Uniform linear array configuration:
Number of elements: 32
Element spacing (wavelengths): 0.5
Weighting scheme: uniform
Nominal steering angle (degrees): -30
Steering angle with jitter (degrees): -30.103
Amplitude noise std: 0.05
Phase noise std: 0.05

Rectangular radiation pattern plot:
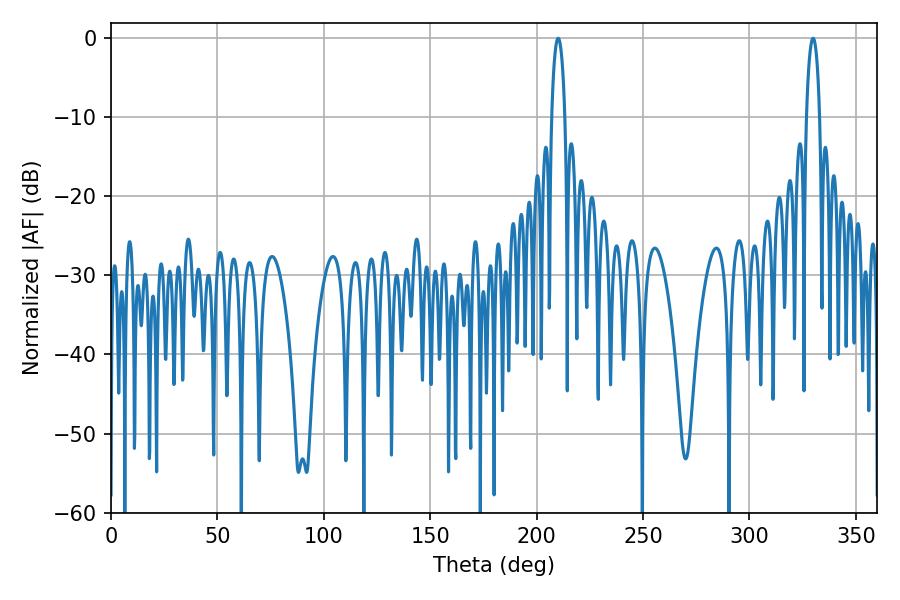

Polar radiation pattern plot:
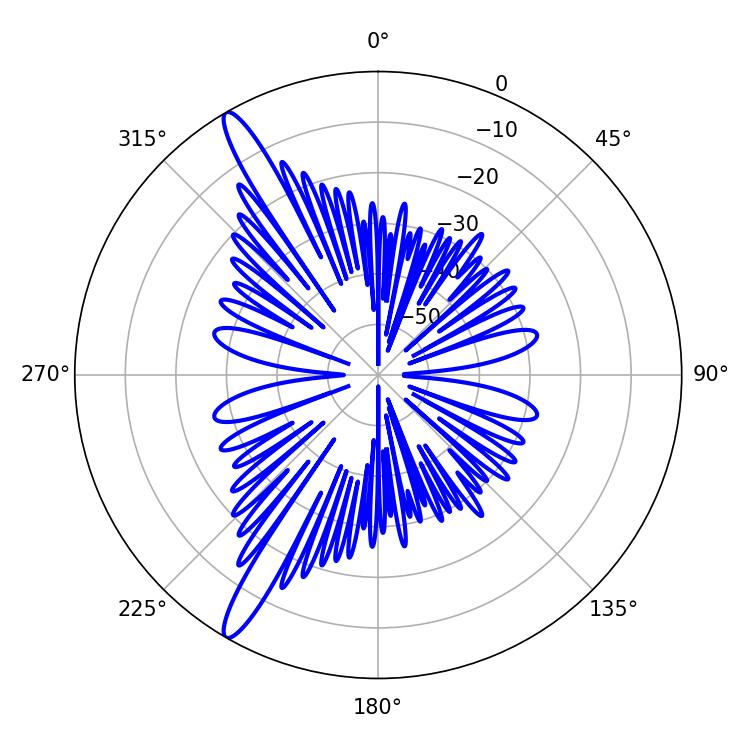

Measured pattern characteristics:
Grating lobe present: FALSE
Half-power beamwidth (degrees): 3.42
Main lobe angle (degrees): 210.06